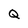
Character: Q